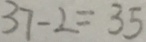
3 7 - 2 = 3 5